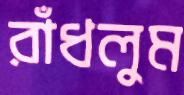
রাঁধলুম